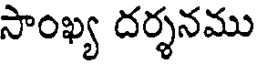
సాంఖ్య దర్శనము